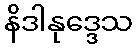
နိဒါနုဒ္ဒေသ